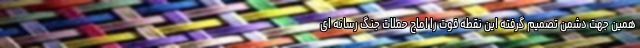
همین جهت دشمن تصمیم گرفته این نقطه قوت را اماج حملات جنگ رسانه ای